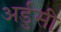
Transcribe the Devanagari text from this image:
अर्डुसी